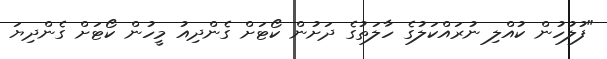
"ފުލުހުން ކުއްލި ނުރައްކަލުގެ ހާލަތުގެ ދަށުން ކޯޓަށް ގެންދިއު މީހުން ކޯޓަށް ގެންދިޔަ